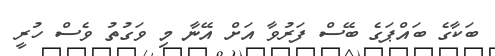
ބަކާގެ ބައްޕަގެ ބޭސް ފަރުވާ އަށް އޭނާ މި ވަގުތު ވެސް ހުރީ